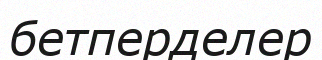
бетперделер